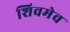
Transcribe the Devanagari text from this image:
शिवमेव